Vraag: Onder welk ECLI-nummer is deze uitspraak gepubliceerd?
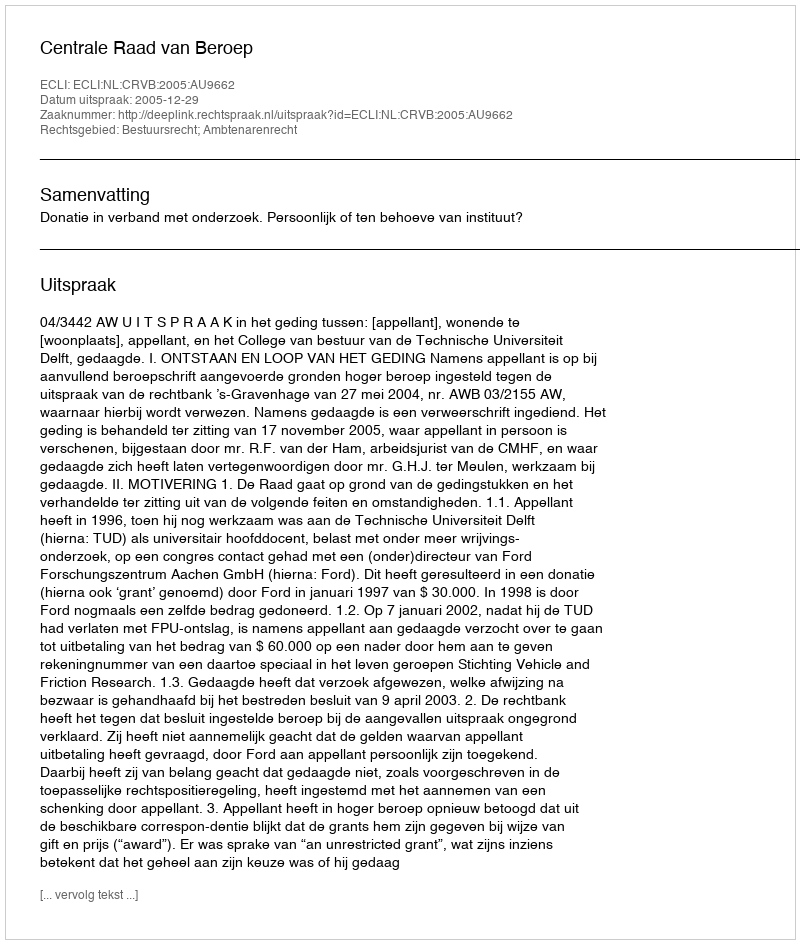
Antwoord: ECLI:NL:CRVB:2005:AU9662